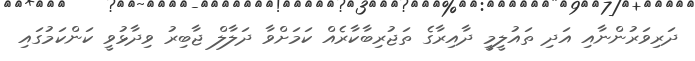
ދަރިވަރުންނާއި އަދި ތައުލީމީ ދާއިރާގެ ތަޖުރިބާކާރެއް ކަމަށްވާ ދަލާލް ޖާބިރު ވިދާޅުވީ ކަންކަމުގައި